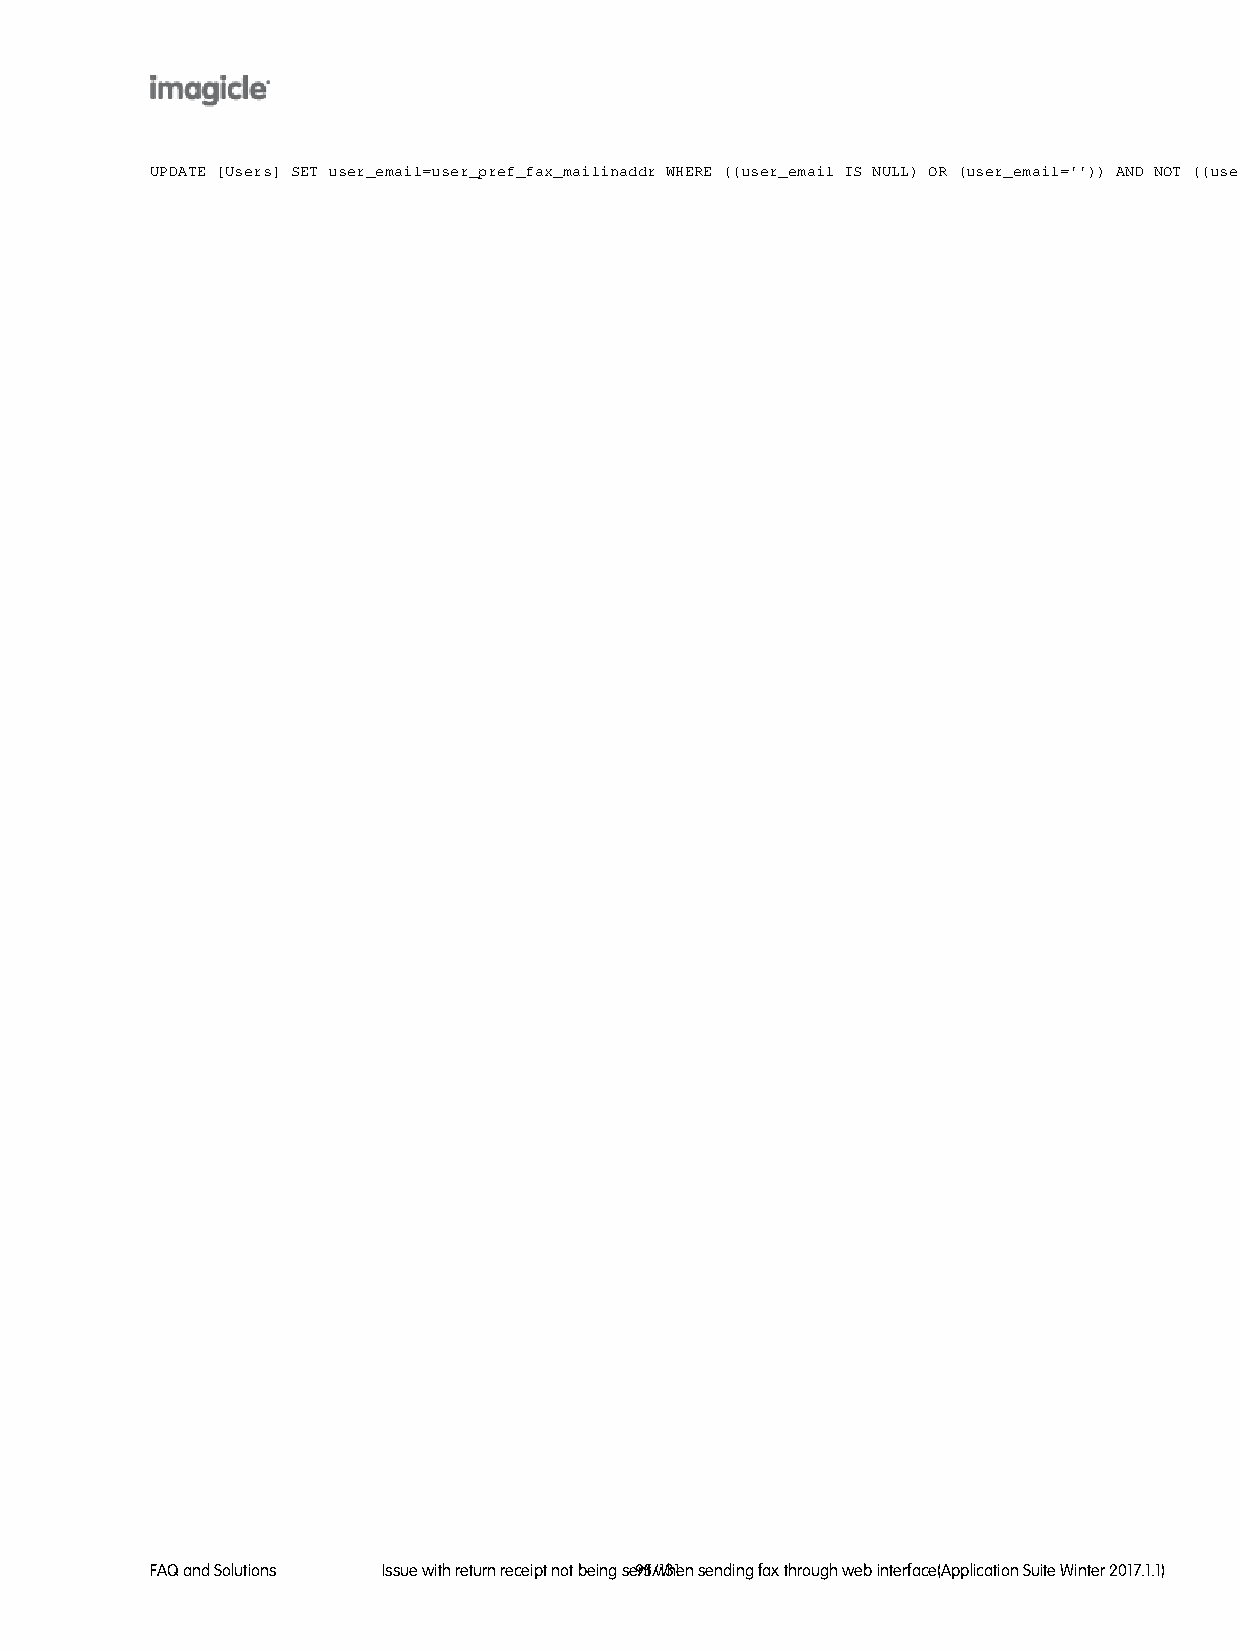
UPDATE [Users] SET user_email=user_pref_fax_mailinaddr WHERE ((user_email IS NULL) OR (user_email='')) AND NOT ((user_pref_fax_mailinaddr IS NULL) OR (user_pref_fax_mailinaddr=''))
 FAQ and Solutions Issue with return receipt not being 9s5e/n1t3 w1hen sending fax through web interface(Application Suite Winter 2017.1.1)